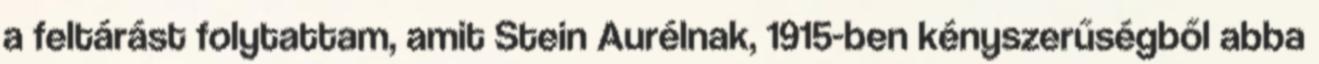
a feltárást folytattam, amit Stein Aurélnak, 1915-ben kényszerűségből abba